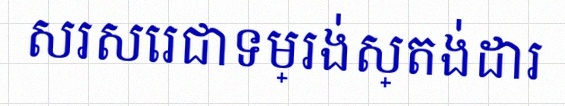
សរសេរជាទម្រង់ស្តង់ដារ